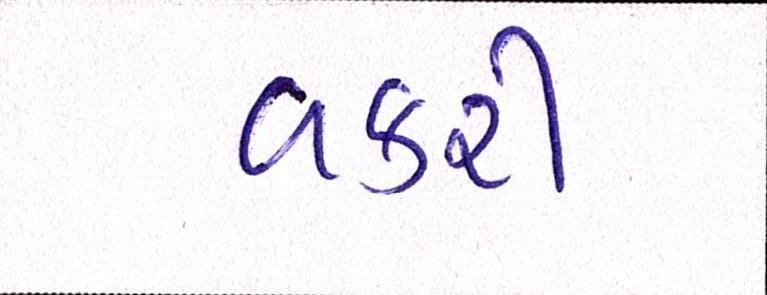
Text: વકરી